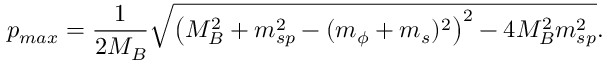
p _ { m a x } = \frac { 1 } { 2 M _ { B } } \sqrt { \left( M _ { B } ^ { 2 } + m _ { s p } ^ { 2 } - ( m _ { \phi } + m _ { s } ) ^ { 2 } \right) ^ { 2 } - 4 M _ { B } ^ { 2 } m _ { s p } ^ { 2 } } .